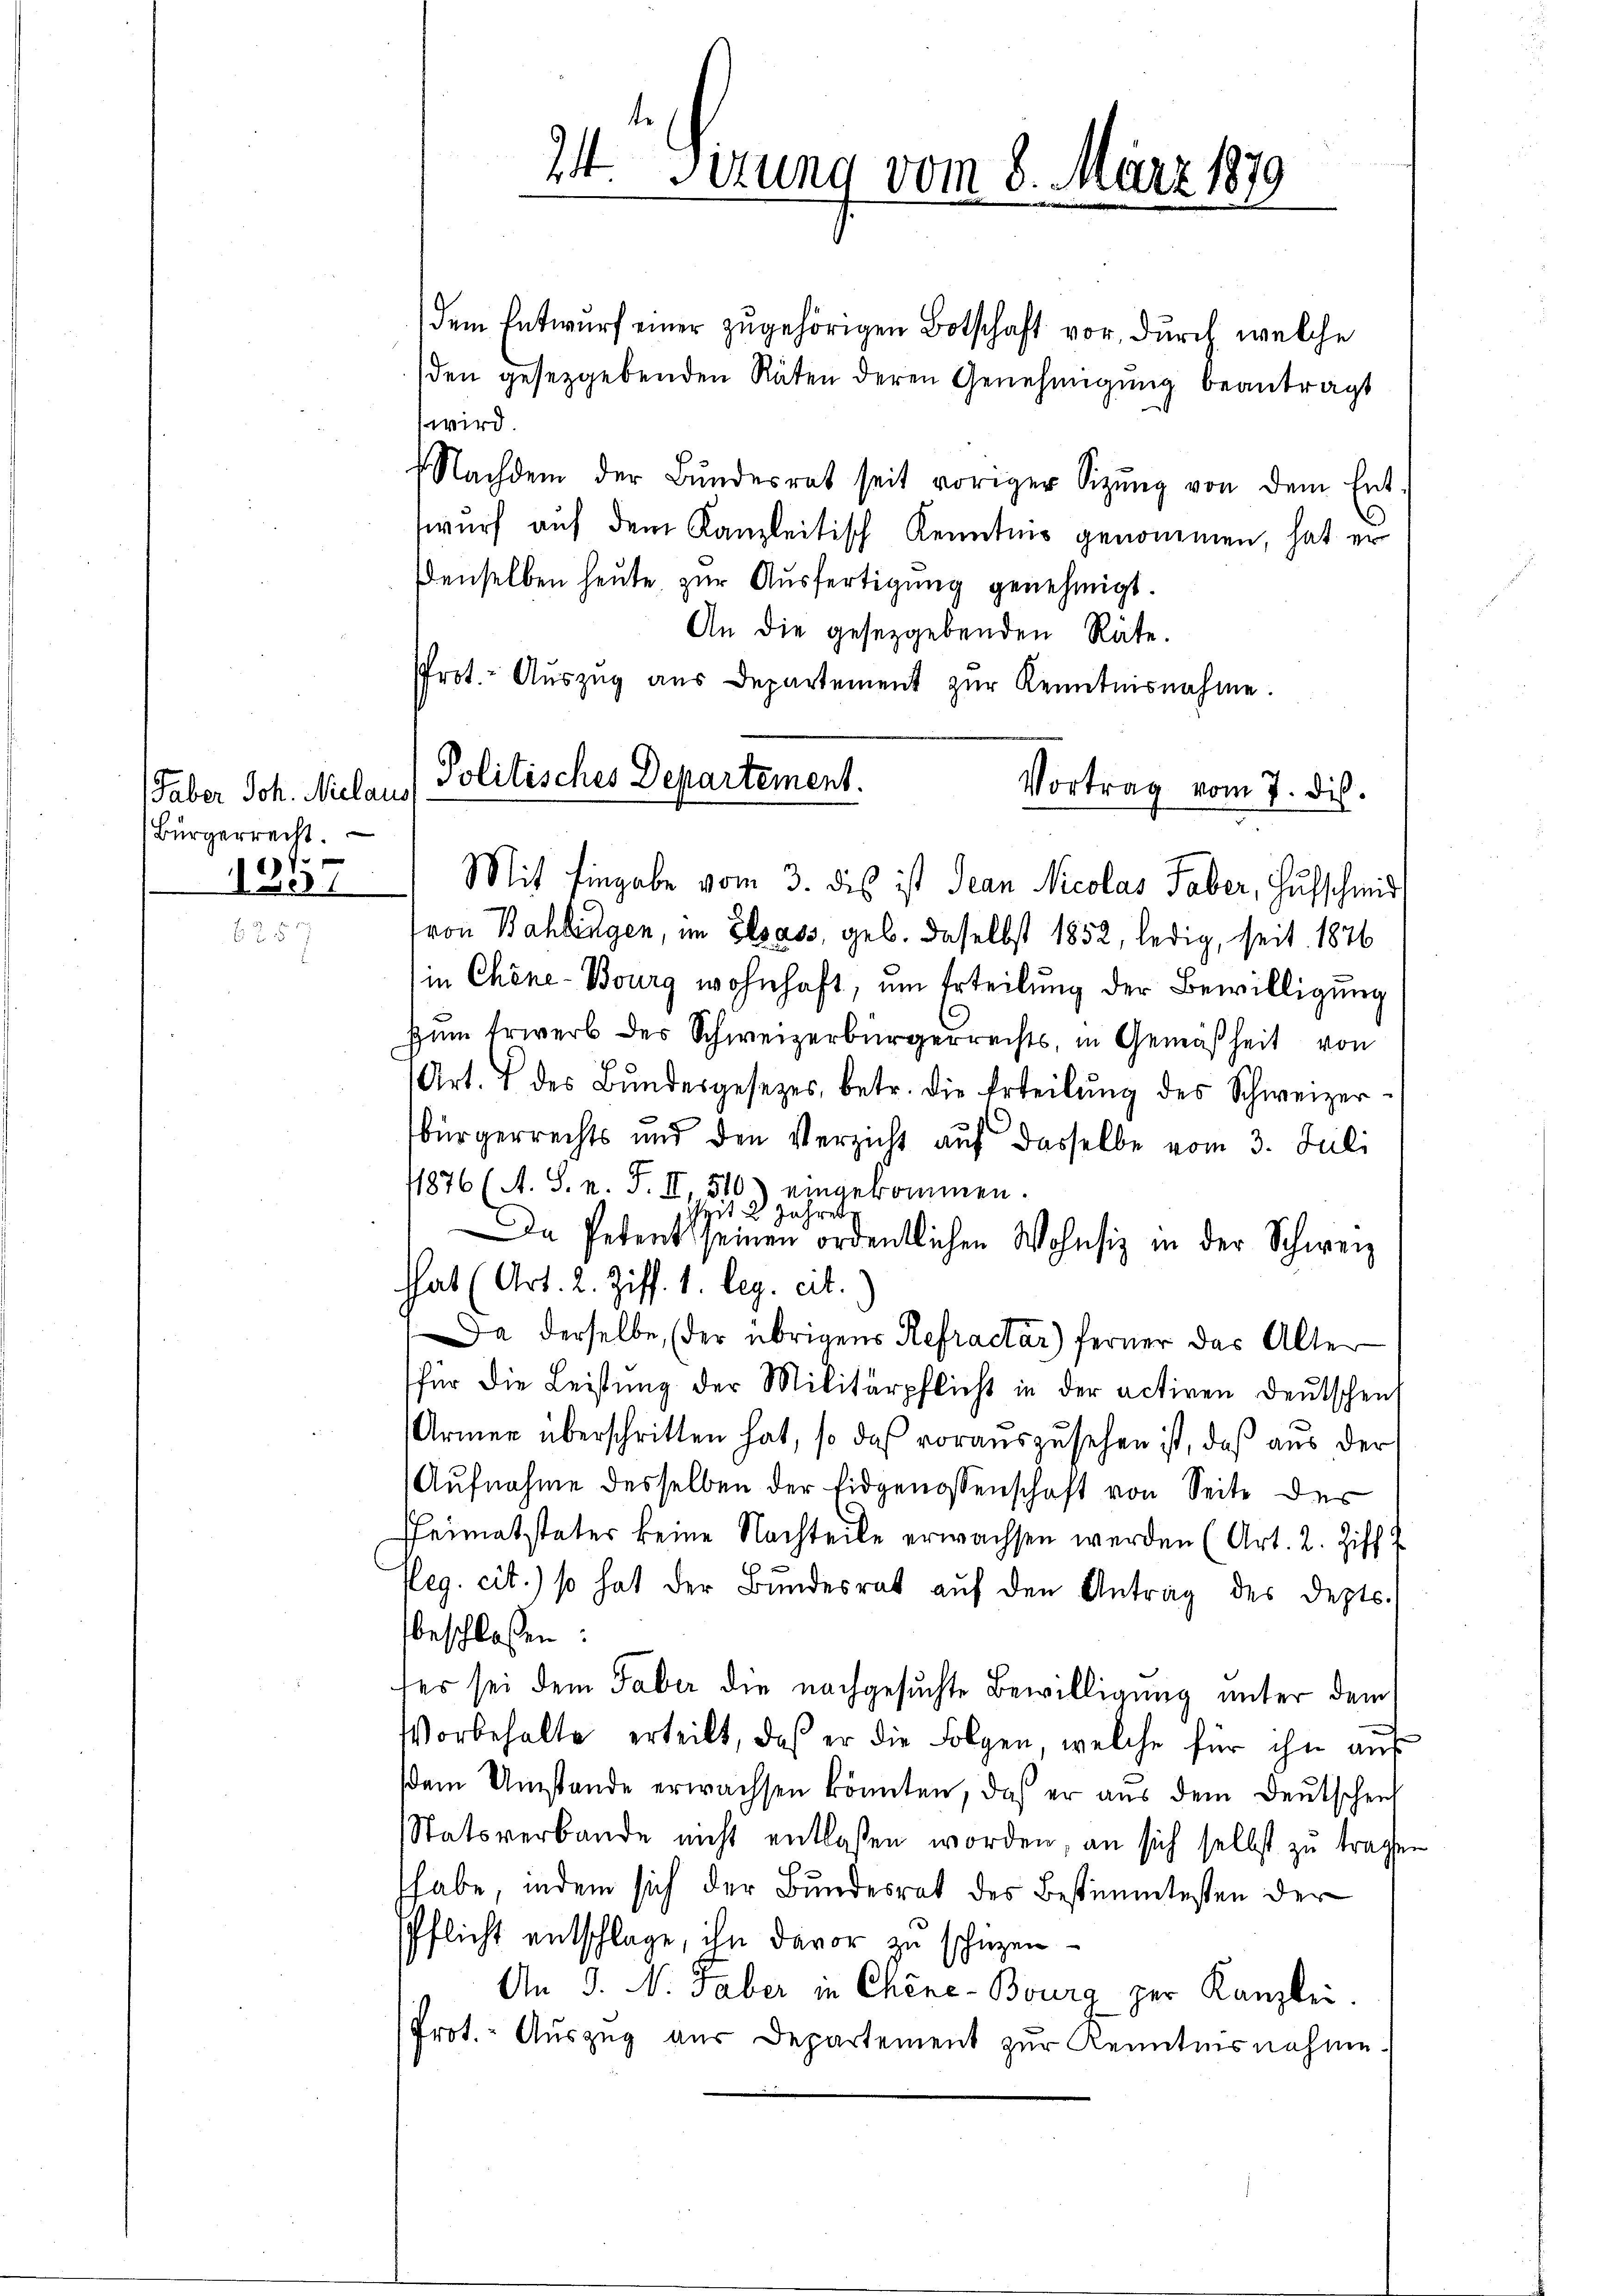
Faber Joh. Niclaus
(Bürgerrecht.
7
81

dem Entwurf einer zugehörigen Botschaft vor, durch welche
den gesetzgebenden Räten deren Genehmigung beantragt
wird.
Nachdem der Bŭndesrat seit voriger Sitzŭng von dem Ent-
wurf auf dem Kanzleitisch Kenntnis genommen, hat er
Denselben heute zur Ausfertigung genehmigt.
An die gesetzgebenden Räte.
Prot. Aŭszŭg aŭs Departement zŭr Kenntnisnahme.
Vortrag vom 7. dis.
Mit Eingabe vom 3. des ist Jean Nicolas Taber, Hufschmid
ron Bahlingen, im Elsass, geb. daselbst 1852, ledig, seit 1876
in Chine-Bourg wohnhaft, um Erteilung der Bewilligung
zum Erwerb der Schweizerbürgerrechts, in Gemäßheit von
Art. 4 des Bŭndesgesetzes, betr. die Erteilŭng des Schweizerbürgerrechts und den Verzicht auf dasselbe vom 3. Juli
1876 (A. S. n. F. II, 510) eingekommen.
4 2 Jahres
n Petent seinen ordentlichen Wohnsiz in der Schweiz
hat (Art. 2. Ziff. 1. leg. cit.
Da derselbe, (der übrigens Refractar) ferner das Alter
für die Leistung der Militärpflicht in der activen Deutschent
Armen überschritten hat, so daß vorauszusehen ist, daß aus der
Aŭfnahme desselben der Eidgenossenschaft von Seite der
sheimatstater keine Nachteile erwachsen werden (Art. 2. Ziff.
t
¬
Heg. cit.) so hat der Bundesrat aŭf den Antrag des Depts.
beschloßen:
ter sei dem Faber die nachgesuchte Bewilligung unter dem
Vorbehalte erteilt, daß er die Folgen, welche für ihn auf
sem Umstande erwachsen könnten, daß er aŭs dem Deutschenl
Statsverbande nicht entlassen worden, an sich selbst zu tragen
habe, indem sich der Bundesrat des Bestimmtesten der
Pflicht entschlage, ihn davor zu schüzen
An 3. N. Faber in Chene-Bourg zur Kanzlei.
Prot. - Auszug aus Departement zur Kenntnisnahme

24t. Jezung vom 8. März 1879

Politisches Departement.